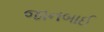
જાનબાઈ